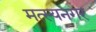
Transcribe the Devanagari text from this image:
मत्स्यनगर